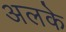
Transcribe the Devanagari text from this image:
अलके